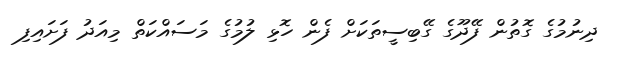
ދިނުމުގެ ގޮތުން ފޭދޫގެ ގޭބިސީތަކަށް ފެން ހޮޅި ލުމުގެ މަސައްކަތް މިއަދު ފަށައިފި